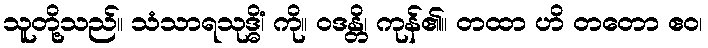
သူတို့သည်။ သံသာရသုဒ္ဓိံ၊ ကို။ ဝဒန္တိ၊ ကုန်၏။ တထာ ဟိ တတော ဧဝ၊